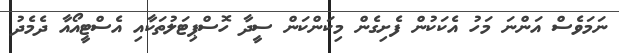
ނަމަވެސް އަންނަ މަހު އެކަކުން ފެށިގެން މިކަންކަން ސީދާ ހޮސްޕިޓަލުތަކާއި އެސްޓީއޯއާ ދެމެދު